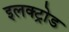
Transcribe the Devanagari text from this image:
इलक्ट्रोड